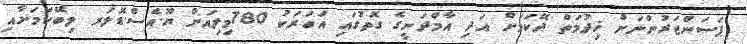
ޕަސަންޖަރުންނަށް ޚިދުމަތް ދޭކަމަށް އަދި އާމްދަނީގެ ގޮތުގައި އަހަރަކު 780މިލިއަން ޔޫ.އެސް.ޑޮލަރ ލިބޭކަމަށާއި